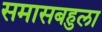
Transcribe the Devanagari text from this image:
समासबहुला